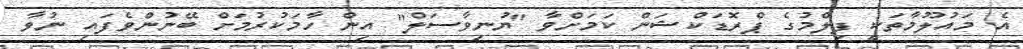
އެ މައުލޫމާތަކީ ފިލްމުގެ ޕްރޮޑަކްޝަން ކަމަށްވާ "ޔުނިވާސަލް" އިން ހާމަކުރުމަށް ބޭނުންވެފައި ނުވާ